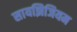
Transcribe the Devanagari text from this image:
सायझिजियम